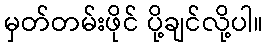
မှတ်တမ်းဖိုင် ပို့ချင်လို့ပါ။